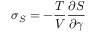
\sigma _ { S } = - \frac { T } { V } \frac { \partial S } { \partial \gamma }